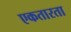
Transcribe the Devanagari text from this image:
एकतारता